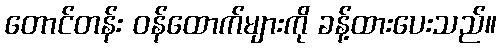
တောင်တန်း ဝန်ထောက်များကို ခန့်ထားပေးသည်။